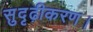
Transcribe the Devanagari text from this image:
सुदृढ़ीकरण।